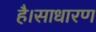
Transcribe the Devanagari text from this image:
है।साधारण